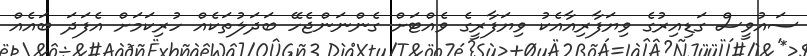
ސައުވީސް ގަޑިއިރުގެ ވިޔަފާރިއާއެކު ވިޔަފާރީގެ ވެއްޓަށް ގެންނަންޖެހޭ ބަދަލުތަކެއް ހުރިކަމަށް އެފަދަ ބައެއް